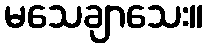
မသေချာသေး။